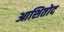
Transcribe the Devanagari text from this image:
आशितोद